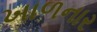
ખાળનાર